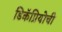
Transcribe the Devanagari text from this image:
डिकॅप्रियोची